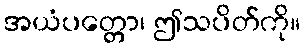
အယံပတ္တော၊ ဤသပိတ်ကို။